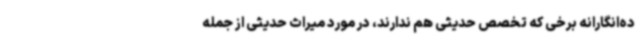
ده‌انگارانه برخی که تخصص حدیثی هم ندارند، در مورد میراث حدیثی از جمله